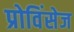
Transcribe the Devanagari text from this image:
प्रोविंसेज